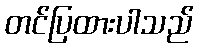
တင်ပြထားပါသည်